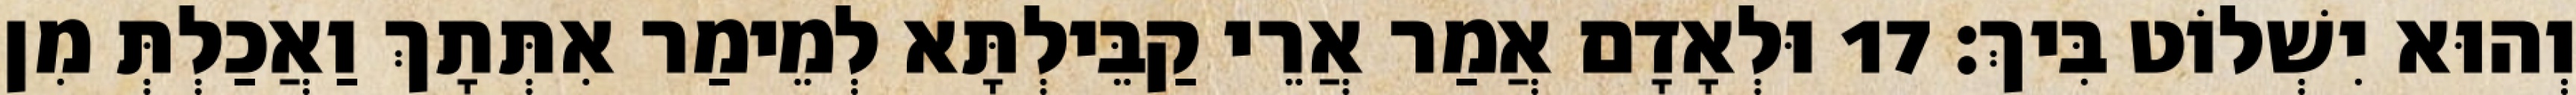
וְהוּא יִשְׁלוֹט בִּיךְ׃ 17 וּלְאָדָם אֲמַר אֲרֵי קַבֵּילְתָּא לְמֵימַר אִתְּתָךְ וַאֲכַלְתְּ מִן